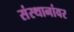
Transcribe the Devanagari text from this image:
संस्थानांवर